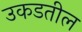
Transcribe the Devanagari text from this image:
उकडतील